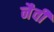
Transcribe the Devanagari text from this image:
नैवी